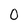
Character: O